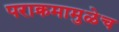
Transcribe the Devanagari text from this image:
पराक्रमामुळेच